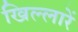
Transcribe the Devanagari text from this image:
खिल्लारें